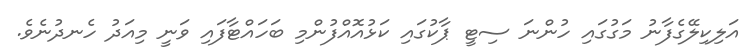
އަލިކިލޭގެފާނު މަގުގައި ހުންނަ ސިޓީ ޕާކުގައި ކަޅުއޮއްފުންމި ބަހައްޓާފައި ވަނީ މިއަދު ހެނދުނެވެ.